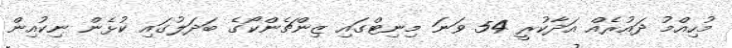
މުހިއްމު ދައުރެއް އަދާކުރީ 54 ވަނަ މިނިޓްގައި ޒިންޗެންކޯގެ ބަދަލުގައި ކުޅެން ނިކުއިން